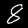
Label: 8